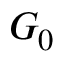
G _ { 0 }